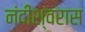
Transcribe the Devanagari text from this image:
नंदीश्वरास